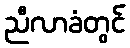
ညီလာခံတွင်